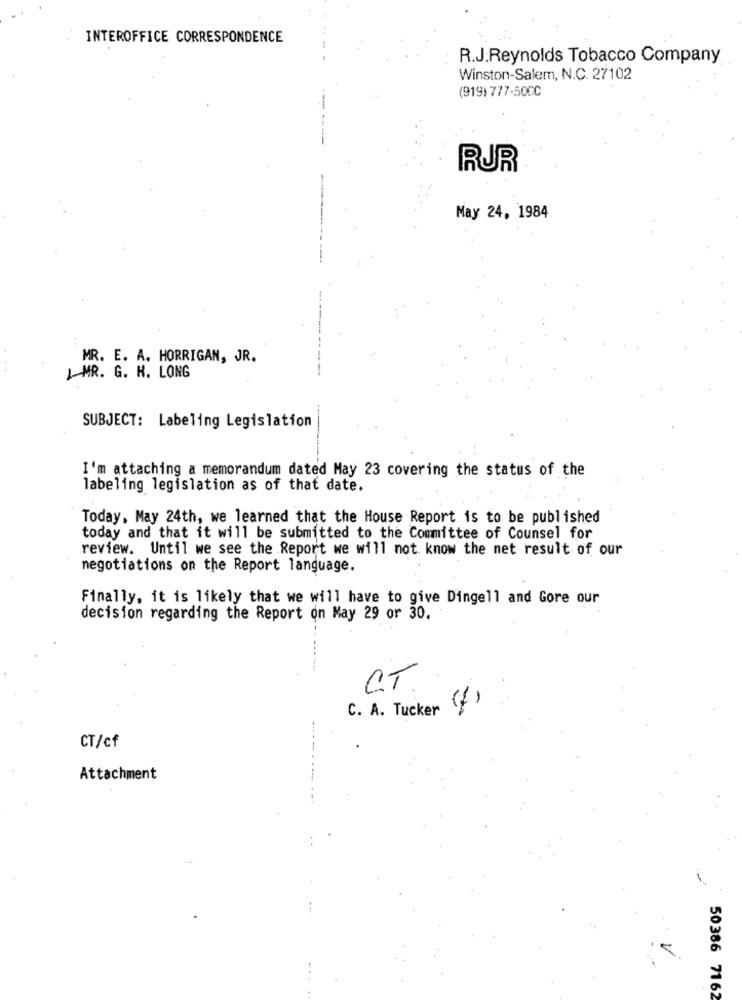
INTEROFFICE CORRESPONDENCE
R.J.Reynolds Tobacco Company
Winston-Salem, N.C. 27102
(919) 777.500C
RUR
May 24, 1984
MR. E. A. HORRIGAN, JR.
IMR. G. H. LONG
SUBJECT: Labeling Legislation
I'm attaching a memorandum dated May 23 covering the status of the
labeling legislation as of that date.
Today, May 24th, we learned that the House Report is to be published
today and that it will be submitted to the Committee of Counsel for
review. Until we see the Report we will not know the net result of our
negotiations on the Report language.
Finally, it is likely that we will have to give Dingell and Gore our
decision regarding the Report on May 29 or 30.
C. A. Tucker
(%)
CT/cf
Attachment
50386 7162